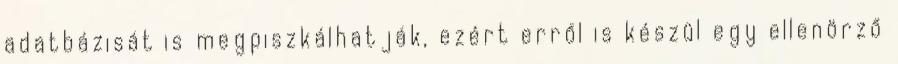
adatbázisát is megpiszkálhatják, ezért erről is készül egy ellenörző